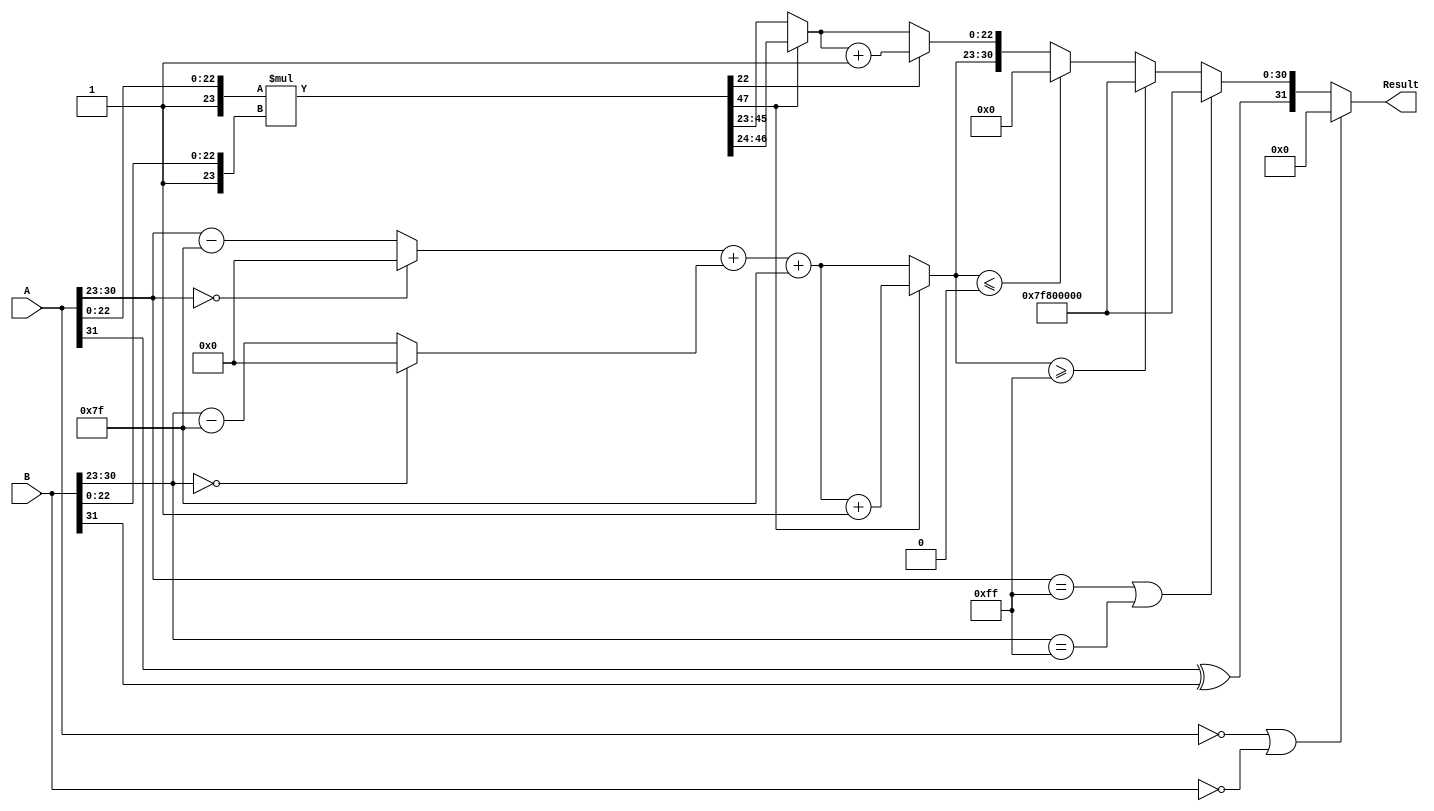
module floating_point_multiplier (
    input  wire [31:0] A, // First floating-point operand
    input  wire [31:0] B, // Second floating-point operand
    output reg  [31:0] Result // Product of the two floating-point operands
);

    // Constants
    localparam BIAS = 8'd127;
    localparam EXPONENT_WIDTH = 8;
    localparam MANTISSA_WIDTH = 23;
    localparam MANTISSA_SIZE = MANTISSA_WIDTH + 1; // Including implicit leading 1

    // Intermediate signals
    wire signA, signB, signResult;
    wire [EXPONENT_WIDTH-1:0] expA, expB, expResult;
    wire [MANTISSA_SIZE-1:0] mantA, mantB, mantResult;
    wire [MANTISSA_SIZE*2-1:0] mantProduct; // 46 bits for mantissa product
    reg [EXPONENT_WIDTH-1:0] adjustedExpA, adjustedExpB;
    reg [MANTISSA_SIZE-1:0] normalizedMantResult;
    reg [EXPONENT_WIDTH-1:0] finalExpResult;
    reg roundingBit;

    // Extract sign, exponent, and mantissa
    assign signA = A[31];
    assign signB = B[31];
    assign expA = A[30:23];
    assign expB = B[30:23];
    assign mantA = {1'b1, A[22:0]}; // Implicit leading 1 for normalized numbers
    assign mantB = {1'b1, B[22:0]}; // Implicit leading 1 for normalized numbers

    // Determine the sign of the result
    assign signResult = signA ^ signB;

    // Adjust exponents by subtracting bias
    always @(*) begin
        if (expA == 8'b0) begin
            adjustedExpA = 0; // Treat zero exponent as -127
        end else begin
            adjustedExpA = expA - BIAS;
        end

        if (expB == 8'b0) begin
            adjustedExpB = 0; // Treat zero exponent as -127
        end else begin
            adjustedExpB = expB - BIAS;
        end
    end

    // Multiply mantissas
    assign mantProduct = mantA * mantB;

    // Normalize the mantissa product
    always @(*) begin
        if (mantProduct[MANTISSA_SIZE*2-1] == 1'b1) begin
            // Result is >= 2, shift right
            normalizedMantResult = mantProduct[MANTISSA_SIZE*2-2:MANTISSA_SIZE]; // Shift right
            finalExpResult = adjustedExpA + adjustedExpB + BIAS + 1; // Increment exponent
        end else begin
            // Result is < 2, check if normalization is needed
            normalizedMantResult = mantProduct[MANTISSA_SIZE*2-2:MANTISSA_SIZE-1]; // Keep 23 bits
            finalExpResult = adjustedExpA + adjustedExpB + BIAS; // No increment
        end

        // Rounding
        roundingBit = mantProduct[MANTISSA_SIZE-2]; // Bit after the 23rd bit
        if (roundingBit) begin
            normalizedMantResult = normalizedMantResult + 1; // Round up
        end
    end

    // Construct the final result
    always @(*) begin
        // Handle special cases
        if (A == 32'b0 || B == 32'b0) begin
            Result = 32'b0; // Zero multiplication
        end else if (expA == 8'b11111111 || expB == 8'b11111111) begin
            Result = {signResult, 8'b11111111, 23'b0}; // Infinity
        end else if (finalExpResult >= 8'b11111111) begin
            Result = {signResult, 8'b11111111, 23'b0}; // Overflow to infinity
        end else if (finalExpResult <= 8'b0) begin
            Result = {signResult, 8'b0, 23'b0}; // Underflow to zero
        end else begin
            Result = {signResult, finalExpResult[EXPONENT_WIDTH-1:0], normalizedMantResult[MANTISSA_WIDTH-1:0]};
        end
    end

endmodule